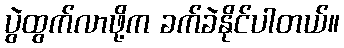
ပွဲထွက်လာဖို့က ခက်ခဲနိုင်ပါတယ်။